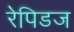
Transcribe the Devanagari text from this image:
रेपिडज